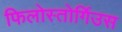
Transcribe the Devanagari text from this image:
फिलोस्तोर्गिउस